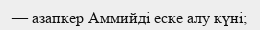
— азапкер Аммийді еске алу күні;